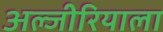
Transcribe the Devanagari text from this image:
अल्जीरियाला